Annual administration report of the Civil Veterinary Department of India - 1899-1900
Year: 1899
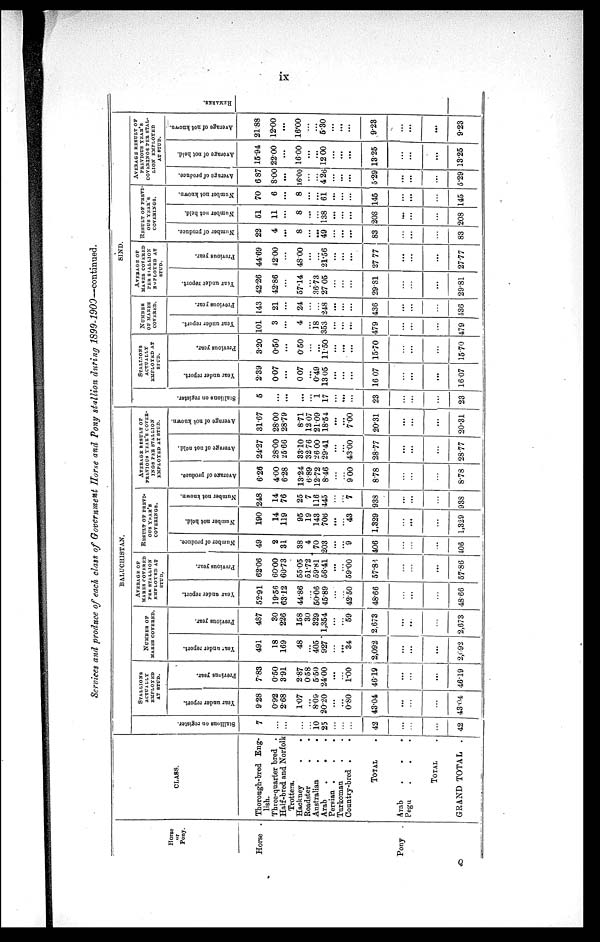
ix
Services and produce of each class of Government Horse and Pony stallion during
1899-1900—continued.
Horse
or
Pony.
Horse.
Pony
CLASS.
Thorough-bred Eng-
lish.
Three-quarter bred .
Half-bred and
Norfolk Trotters.
Hackney. .
Roadster. .
Australian. .
Arab
.
.
Persian ...
Turkoman. .
Country-bred. .
TOTAL.
Arab
...
Pegu
...
TOTAL.
GRAND
TOTAL.
BALUCHISTAN.
Stallions on register.
7
...
...
...
...
10
25
...
...
...
42
...
...
...
42
STALLIONS ACTUALLY EMPLOYED
AT STUD.
Year under report.
928
0.92
2.68
1.07
...
8.09
20.20
...
...
0.80
43.04
...
...
...
43.04
Previous year.
7.83
0.50
3.91
2.87
058
5.50
2400
...
...
1.00
46.19
...
...
...
46.19
NUMBER OF
MARES COVERED.
Year under report.
491
18
169
48
...
405
927
...
...
34
2,092
...
...
...
2,092
Previous year.
487
30
226
158
30
329
1,354
...
...
59
2.673
...
...
...
2,673
AVERAGE OF
MARES COVERED
PER STALLION
EMPLOYED AT
STUD.
Year under report.
52.91
19.56
63.12
44.86
...
50.06
45.89
...
...
42.50
48.66
...
...
...
4866
Previous year.
62.06
60.00
60.73
55.05
51.72
59.81
56.41
...
...
59.00
57.86
...
...
...
57.86
RESULT OF PREVI¬OUS YEAR'S COVERINGS.
Number of produce.
49
2
31
38
4
70
203
...
...
9
406
...
...
...
106
Number not held.
190
14
119
95
19
143
706
...
...
43
1,329
...
...
...
1,329
Number not known.
248
14
76
25
7
116
445
...
...
7
938
...
...
...
938
AVERAGE RESULT OF PREVIOUS YEAR'S COVER¬INGS PER STALLION EMPLOYED AT STUD.
Average of produce.
6.26
4.00
6.28
13.24
6.89
12.72
8.46
...
...
9 00
8.78
...
...
...
8.78
Average of not held.
24.27
28.00
25.66
33.10
32.76
26 00
29.41
...
...
43.00
28.77
...
...
...
28-77
Average of not known.
31.67
2800
28.79
8.71
12 07
21.09
18.54
...
...
7.00
20.31
...
...
...
20.31
SIND
Stallions on register.
5
...
...
...
...
1
17
...
...
...
23
...
...
...
23
STALLIONS
ACTUALLY
EMPLOYED AT
STUD.
Year under report.
239
0.07
...
0 07
...
0.49
13 05
...
...
...
16 07
...
...
...
1607
Previous year.
3.20
0.50
...
0.50
...
...
11.50
...
...
...
15.70
...
...
...
15.70
NUMBER
OF MARES COVERED.
Year under report.
101
3
...
4
...
18
353
...
...
...
479
...
...
...
479
Previous year.
143
21
...
24
...
...
248
...
...
...
436
...
...
...
136
AVERAGE OF
MARES COVERED
PER STALLION
EMPLOYED AT
STUD.
Year under report.
42.26
42.86
...
57.14
...
36.73
27.05
...
...
...
29.81
...
...
...
29.81
Previous year.
44.69
42.00
...
48.00
...
...
21.56
...
...
...
27 77
...
...
...
27.77
RESULT OF PREVI-OUS YEAR'S COVERINGS.
Number of produce.
22
4
...
8
...
...
49
...
...
...
83
...
...
...
83
Number not held.
51
11
...
8
...
...
138
...
...
...
208
...
...
...
208
Number not known.
70
6
...
8
...
...
61
...
...
...
145
...
...
...
145
AVERAGE RESULT OF PREVIOUS YEAR'
COVERINGS PER STAL¬LION EMPLOYED
AT STUD.
Average of produce.
687
8.00
...
16.00
...
...
4.26
...
...
...
5.29
...
...
...
5.29
Average
of not held.
15.94
22.00
...
16.00
...
...
12.00
...
...
...
13.25
...
...
...
13.25
Average of not known.
21.88
12.00
...
16.00
...
...
5.30
...
...
...
9.23
...
...
...
9.23
REMARKS.
Q